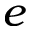
e